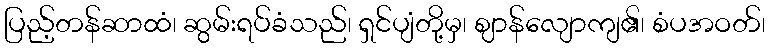
ပြည့်တန်ဆာထံ၊ ဆွမ်းရပ်ခံသည်၊ ရှင်ပျံတို့မှ၊ ဈာန်လျောကျ၏၊ စံပအဝတ်၊